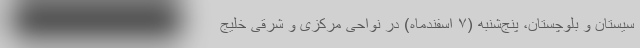
سیستان و بلوچستان، پنج‌شنبه (۷ اسفندماه) در نواحی مرکزی و شرقی خلیج